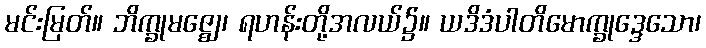
မင်းမြတ်။ ဘိက္ခုမဇ္ဈေ၊ ရဟန်းတို့အလယ်၌။ ယဒိဒံပါတိမောက္ခုဒ္ဒေသော၊